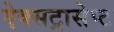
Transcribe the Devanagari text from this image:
ऐक्सट्रासेप्ट